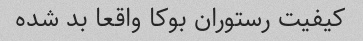
کیفیت رستوران بوکا واقعا بد شده